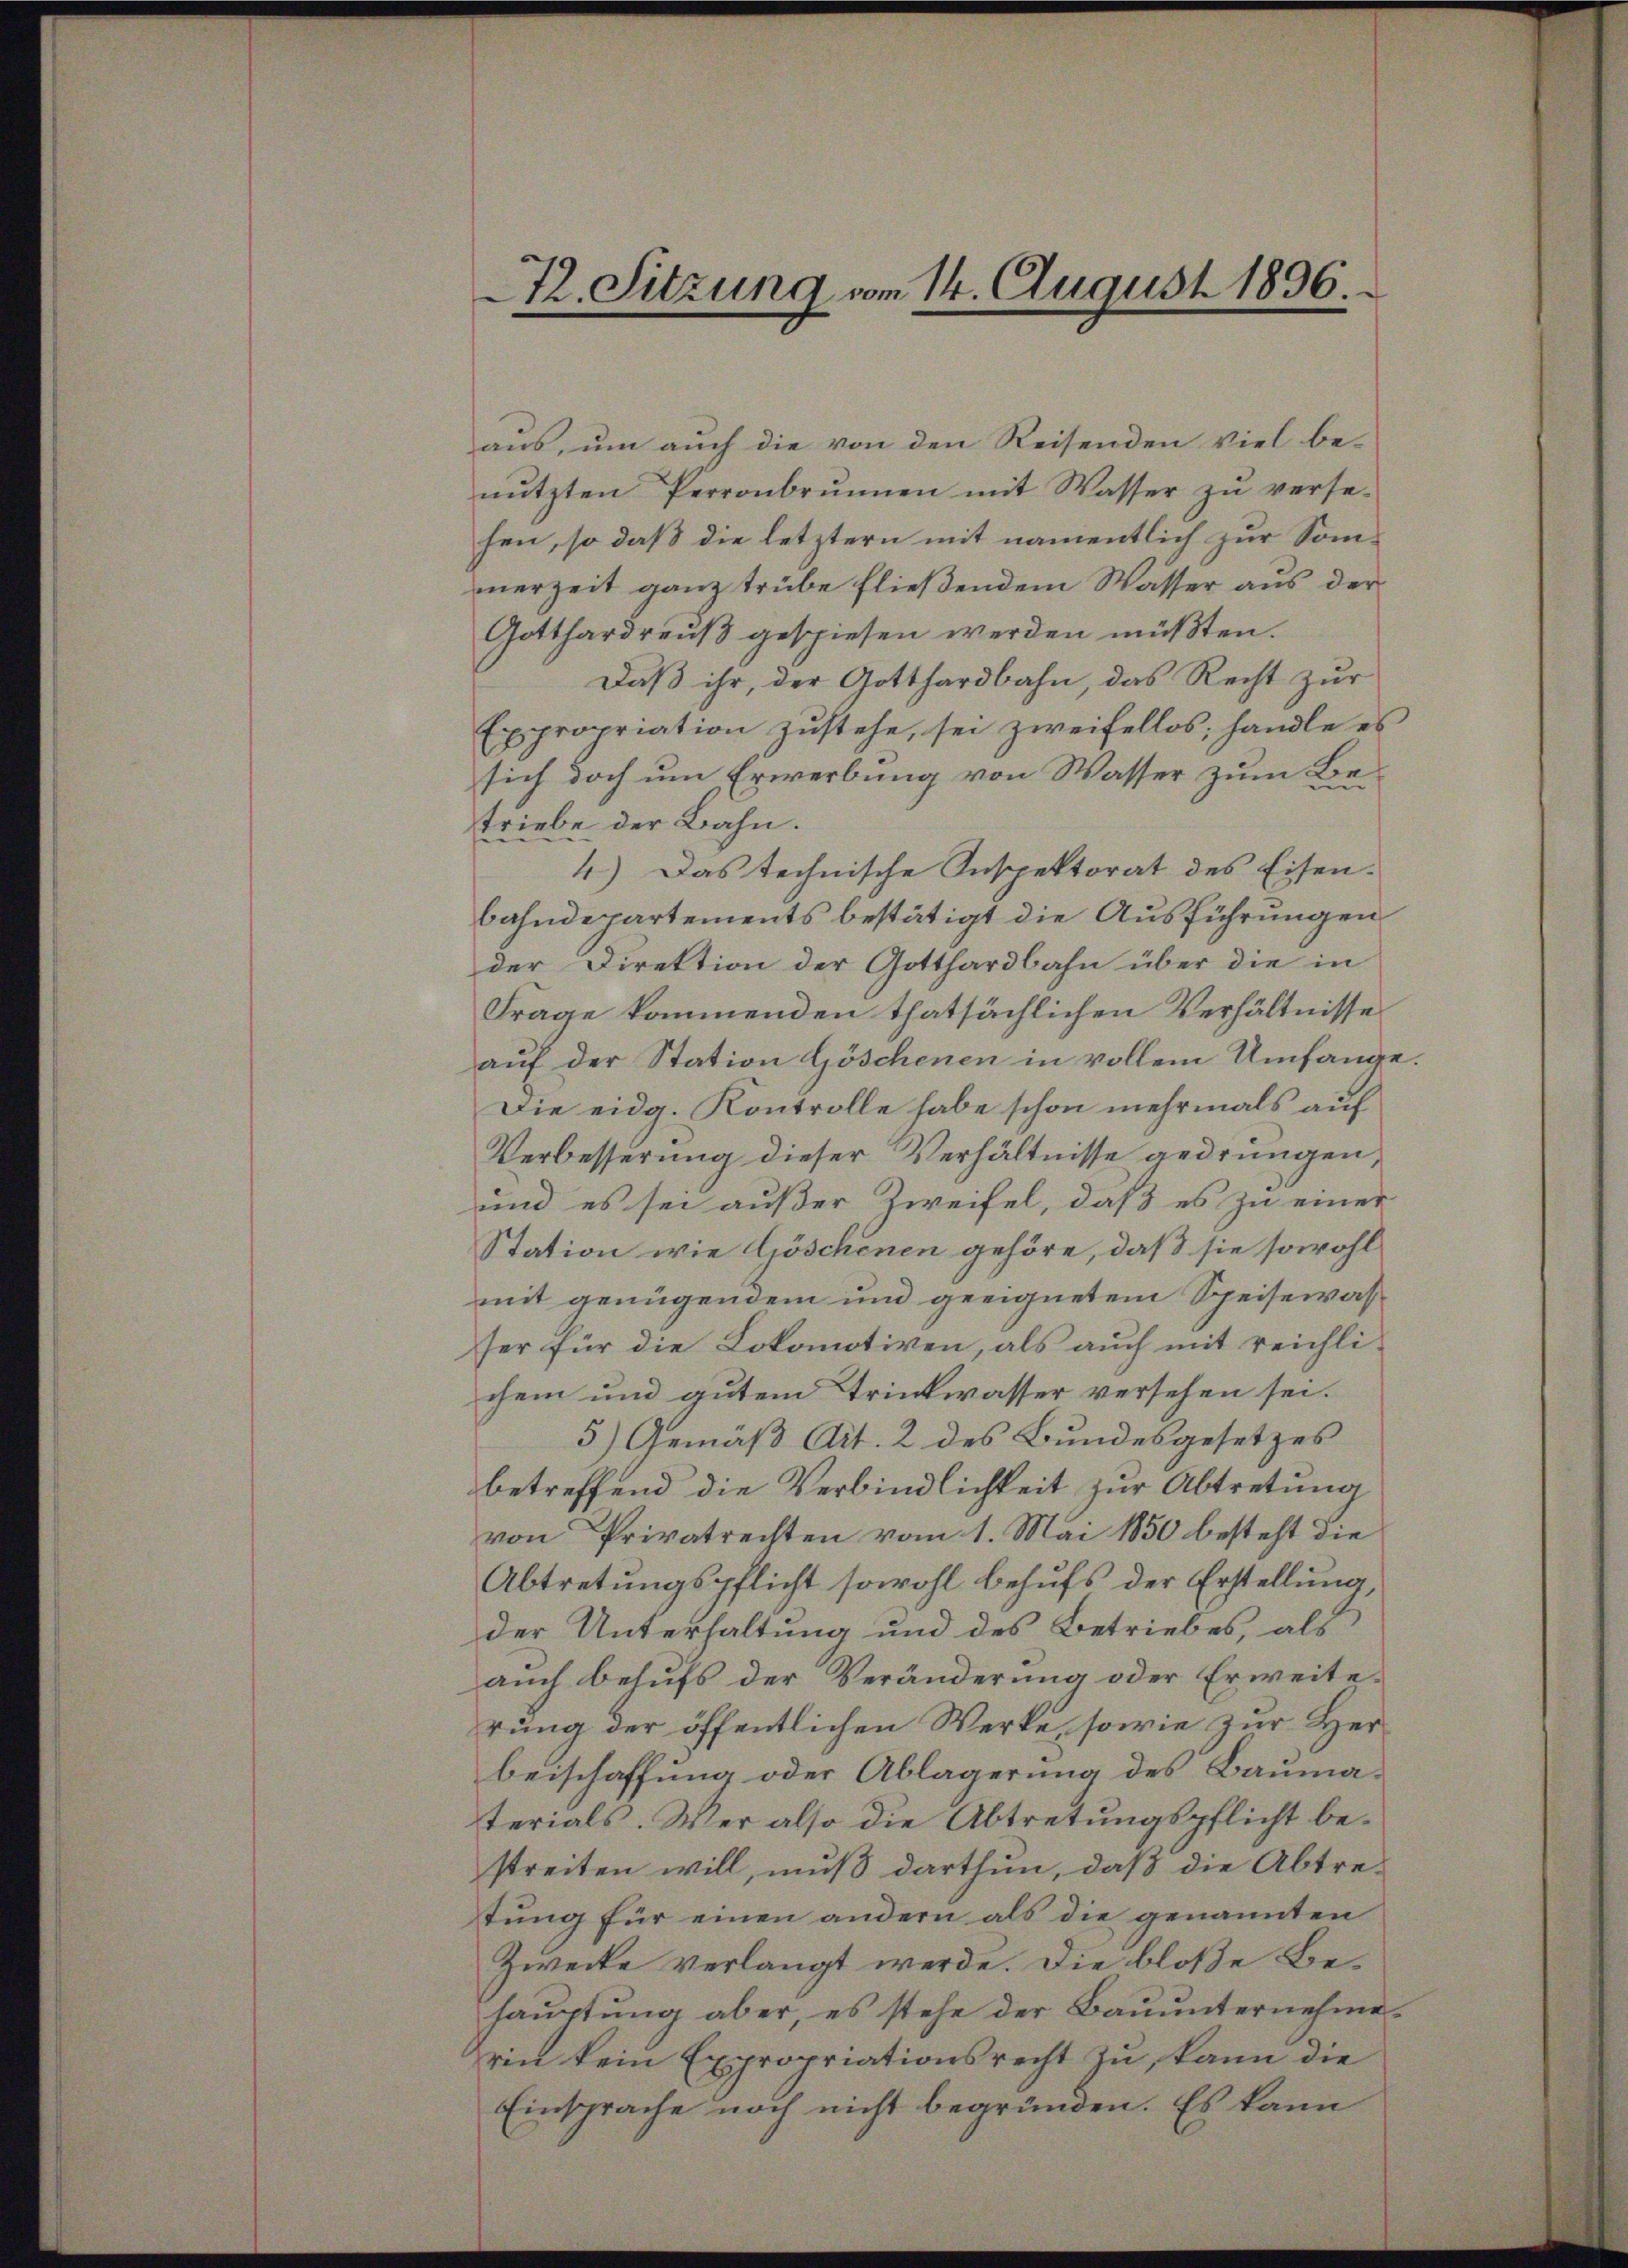
72. Sitzung am 14. August 1896.

aus, um auch die von den Reisenden viel be-
nutzten Perronbrunnen mit Wasser zu versehen, so daß die letztern mit namentlich zur Sommerzeit ganz trübe fließendem Wasser aus der
Gotthardrauß gespiesen werden müßten.
Daß ihr, der Gotthardbahn, das Recht zur
Expropriation zustehe, sei zweifellos, handle es
sich doch um Erwerbung von Wasser zum Betriebe der Bahn.
4.) Das technische Inspektorat des Eisenbahndepartements bestätigt die Ausführungen
der Direktion der Gotthardbahn über die in
Frage kommenden thatsächlichen Verhältnisse
auf der Station Göschenen in vollem Umfange.
Die eidg. Kontrolle habe schon mehrmals auf
Verbesserung dieser Verhältnisse gedrungen
und es sei außer Zweifel, daß es zu einer
Station wie Göschenen gehöre, daß sie sowohl
mit genügendem und geeignetem Speisewas
ser für die Lokomotiven, als auch mit reichlichem und gutem Trinkwasser versehen sei.
5) Gemäß Art. 2 des Bundesgesetzes
betreffend die Verbindlichkeit zur Abtretung
von Privatrechten vom 1. Mai 1850 besteht die
Abtretungspflicht sowohl behufs der Erstellung,
der Unterhaltung und des Betriebes, als
auch behufs der Veränderung oder Erweiterung der öffentlichen Werke, sowie zur Herbeischaffung oder Ablagerung des Baumaterials. Wer also die Abtretungspflicht bestreiten will, muß darthun, daß die Abtretung für einen andern als die genannten
Zwecke verlangt werde. Die bloße Behaŭptŭng aber, es stehe der Baŭŭnternehme.
rin kein Expropriationsrecht zu, kann die
Einsprache noch nicht begründen. Es kann